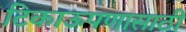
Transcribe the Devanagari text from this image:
टिकाऊपणासाठी